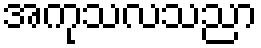
အကုသလသညာ